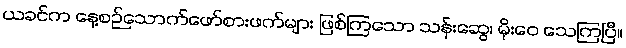
ယခင်က နေ့စဉ်သောက်ဖော်စားဖက်များ ဖြစ်ကြသော သန်းဆွေ၊ မိုးဝေ သေကြပြီ။